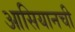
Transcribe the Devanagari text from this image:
आसियानची